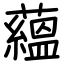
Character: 蘊